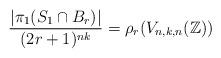
LaTeX: \begin{align*} \dfrac{ | \pi_{1}( S_{1} \cap B_r) | }{(2r+1)^{nk}} = \rho_{r}(V_{n, k, n}(\mathbb{Z}))\end{align*}